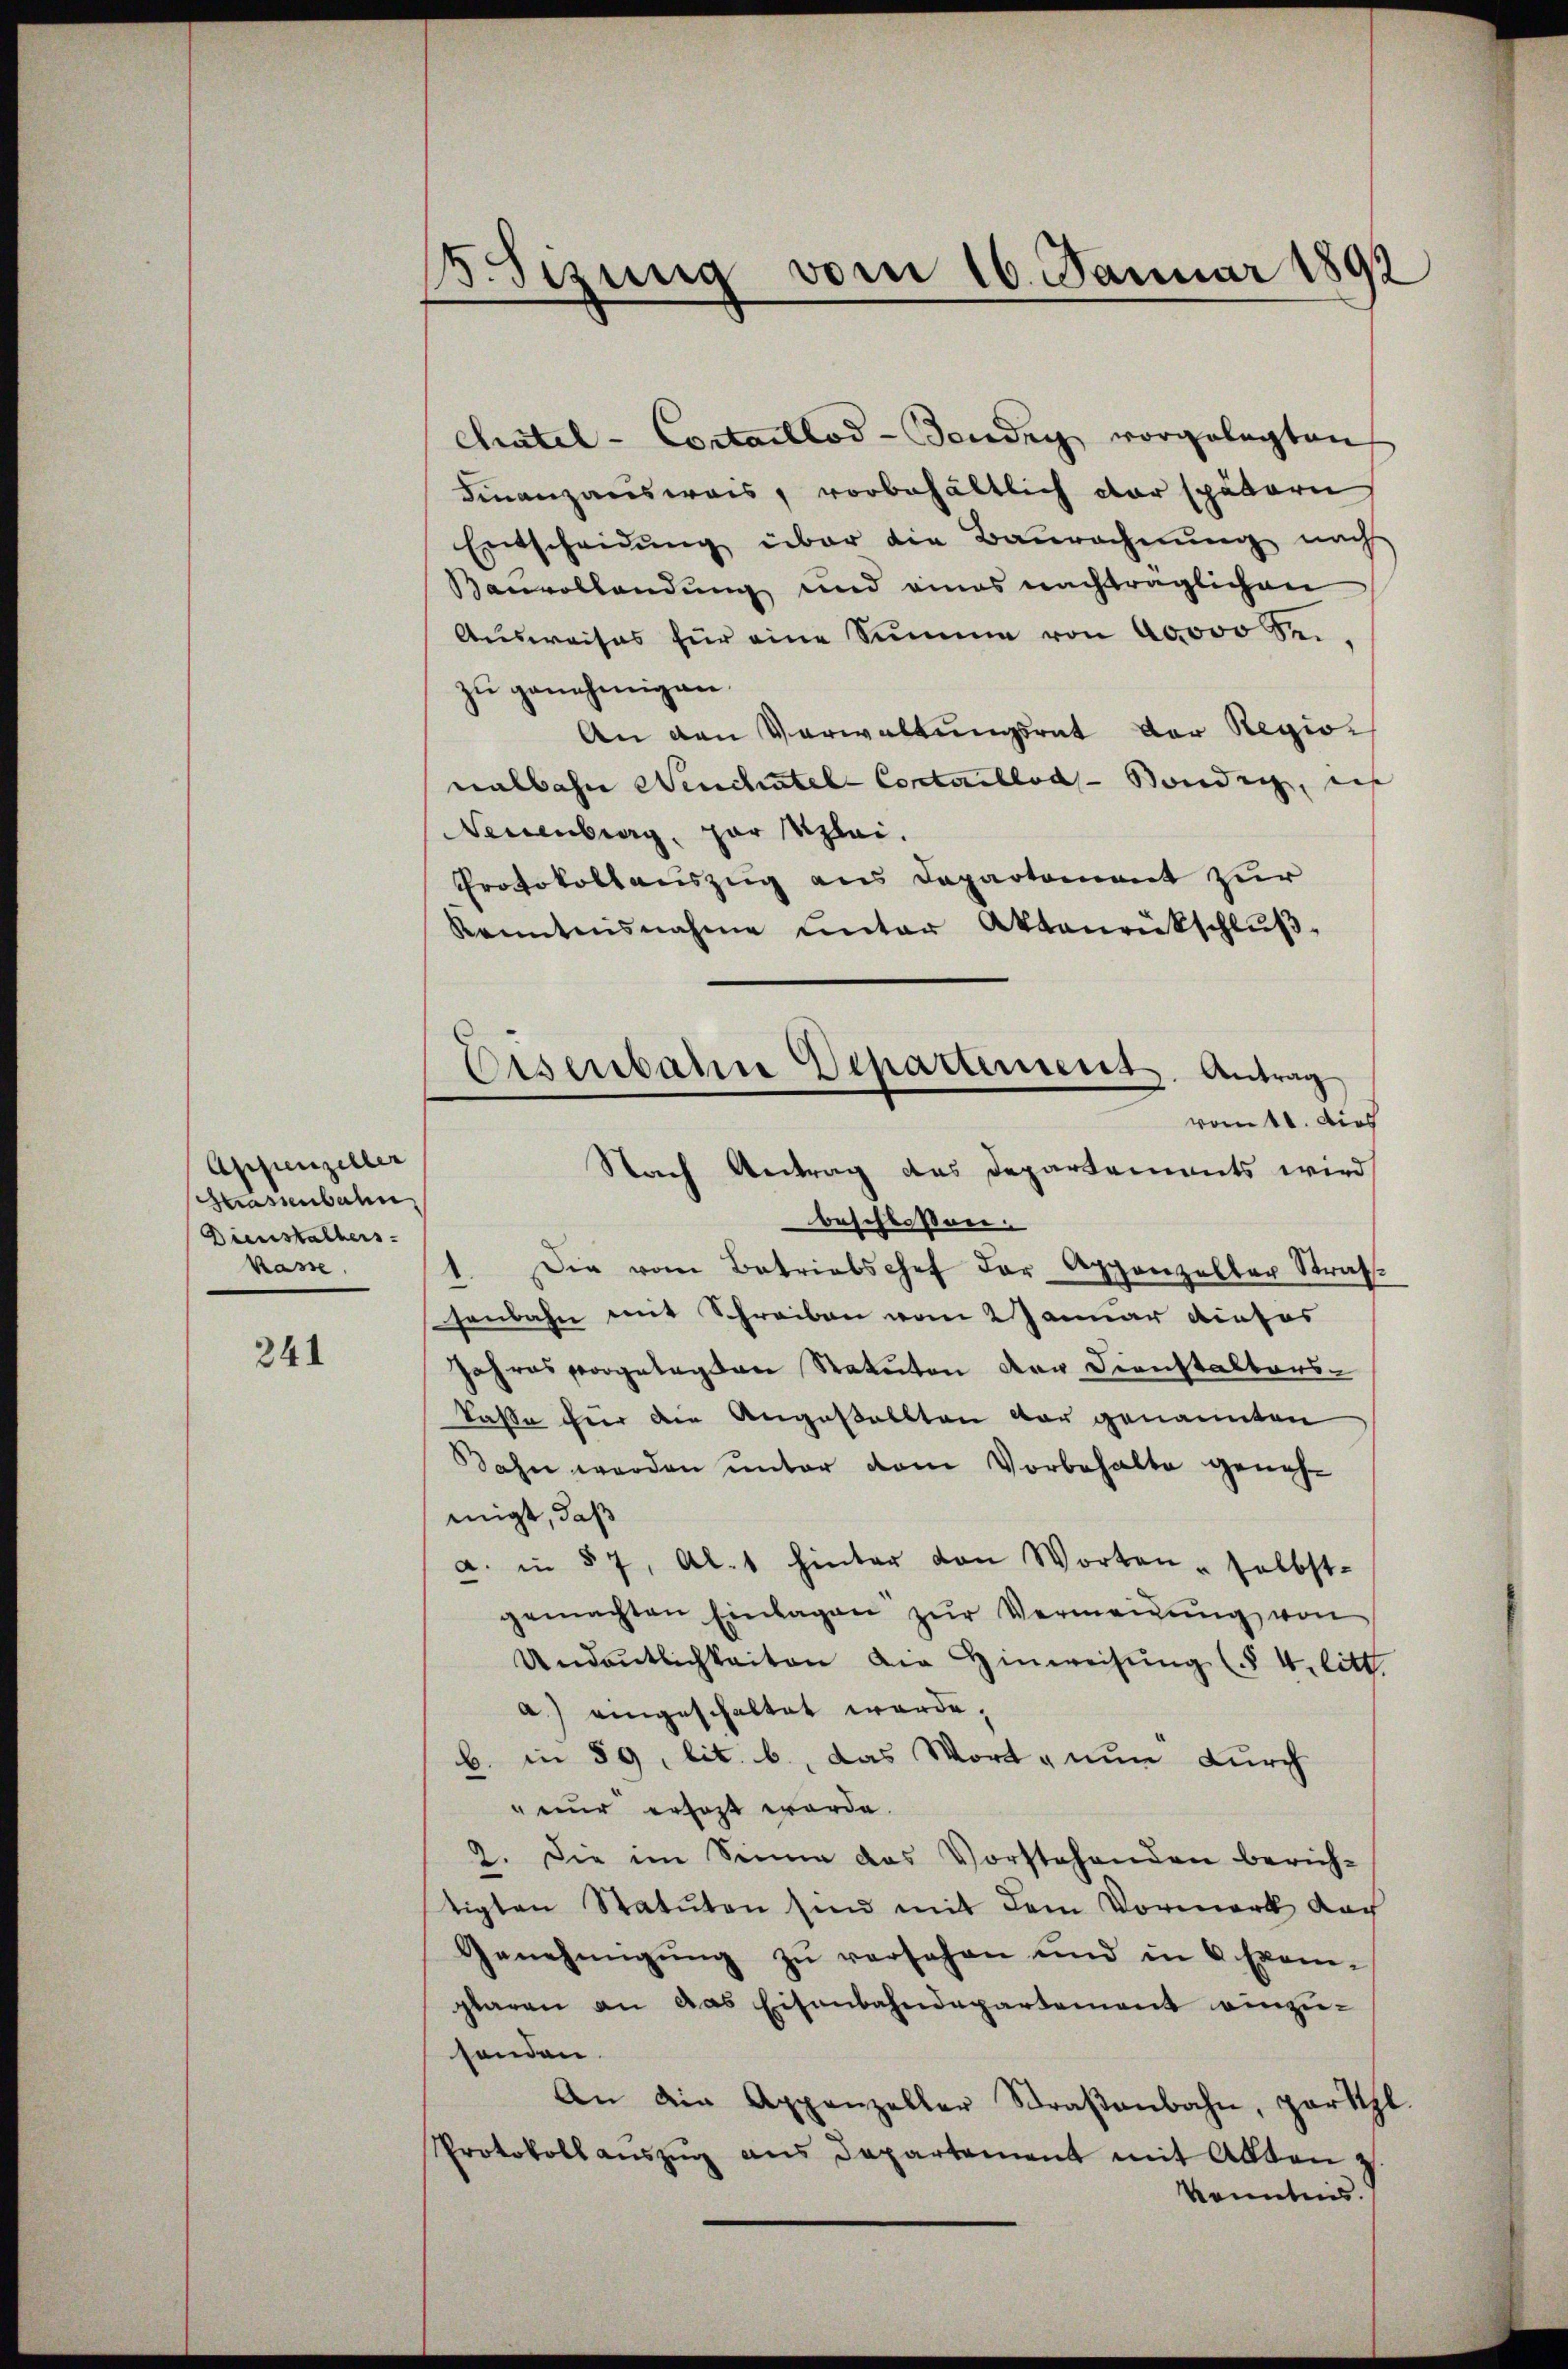
Appenzeller
Krasenbahn,
Dienstalters.
Kasse.

241

15. Sisung vom 16. Januar 1892

Chatel - Cortaillod-Tenden vorgelegten
Finanzausweis, vorbehältlich der spätern
Entscheidŭng über die Baŭrechnŭng nach
Bauvollendung und eines nachträglichen
Aŭsweises für eine Summe von 40000 Se.
zu genehmigen.
An den Verwaltungsrat der Regio
nalbahn Neuchatel Contuellod-Bondig, ich
Neuenburg, par Kzlei.
Protokollauszug aus Departement zur
kanntnisnahme unter Aktenrückschluß
beschlossen.
Die vom Betriebschef der Appenzeller Stras¬
.
senbahn mit Schreiben vom 2 Januar dieses
Jahres vorgelegten Statuten der Dienstalters-
Caße hier die Angestellten vor genannten
Dahn werden unter dem Vorbehalte genehmigt, daß
a. in § 7, Al. 1 hinter von Worten - selbst-
gemachten Einlagen zŭr Vermeigŭng von
Undeutlichkeiten die Hinweisung (§ 4. litt.
a.) eingeschaltet werde.
b. in § 9, lit. b., das Wort, nun durch
nur erhaft werde.
2. Die im Sinne das Vorstehenden berich-
tigten Statuten sind mit dem Vormerk auch
Genehmigung zu versehen und in 6 Exem-
plaren an das Eisenbahndepartement einzusenden.
An die Appenzeller Straβenbahn, parthl
Protokoll auszug aus Departement mit Akten z
kenntnis.

Eisenbahne Departement. Antrag
vott. dies
Nach Antrag des Departements wird